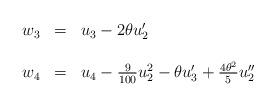
LaTeX: \begin{align*}\begin{array}{lcl}w_{3}&=&u_{3}-2\theta u'_{2}\\ \\w_{4}&=&u_{4}-\frac{9}{100}u^{2}_2-\theta u'_{3}+\frac{{4\theta^{2}}}{5}u''_{2} \\ \\\end{array}\end{align*}